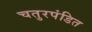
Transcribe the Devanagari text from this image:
चतुरपंडित